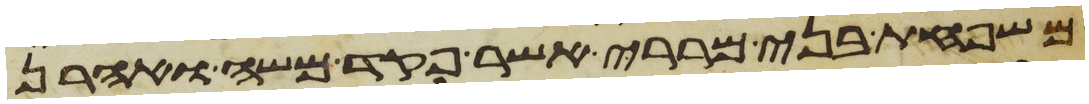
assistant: משפחת בני מררי אשר פקד משה ואהרן